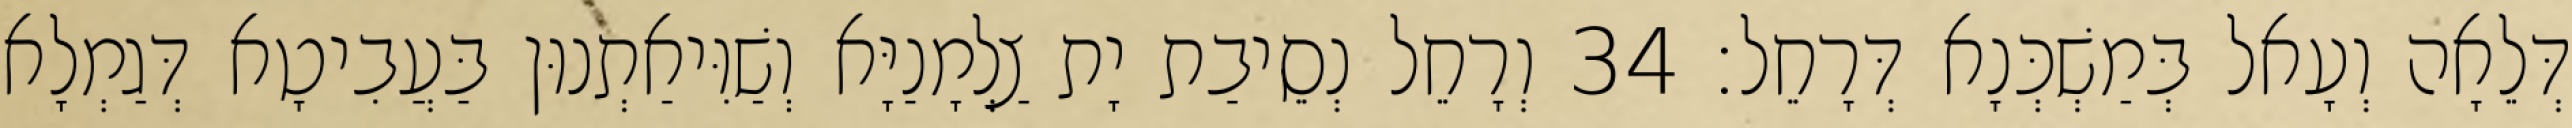
דְּלֵאָה וְעָאל בְּמַשְׁכְּנָא דְּרָחֵל׃ 34 וְרָחֵל נְסֵיבַת יָת צַלְמָנַיָּא וְשַׁוִּיאַתְנוּן בַּעֲבִיטָא דְּגַמְלָא